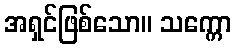
အရှင်ဖြစ်သော။ သက္ကော